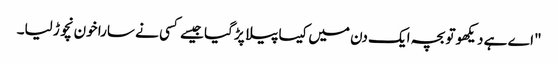
"اے ہے دیکھو تو بچہ ایک دن میں کیسا پیلا پڑ گیا جیسے کسی نے سارا خون نچوڑ لیا۔